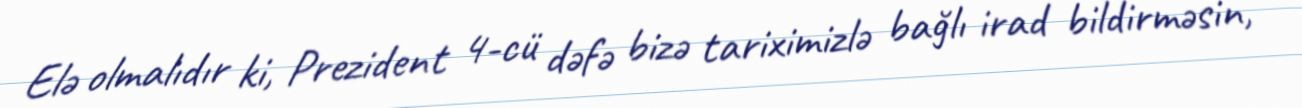
Elə olmalıdır ki, Prezident 4-cü dəfə bizə tariximizlə bağlı irad bildirməsin,